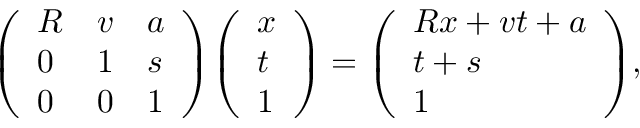
{ \left( \begin{array} { l l l } { R } & { v } & { a } \\ { 0 } & { 1 } & { s } \\ { 0 } & { 0 } & { 1 } \end{array} \right) } { \left( \begin{array} { l } { x } \\ { t } \\ { 1 } \end{array} \right) } = { \left( \begin{array} { l } { R x + v t + a } \\ { t + s } \\ { 1 } \end{array} \right) } ,